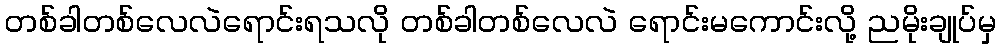
တစ်ခါတစ်လေလဲရောင်းရသလို တစ်ခါတစ်လေလဲ ရောင်းမကောင်းလို့ ညမိုးချုပ်မှ